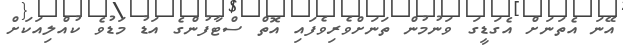
އޭނަ އެތަނަށް އެގަޑީގަ ވަނުމުން ތަނަށްވެރިވެފައި އޮތް ސްޓާފުންގެ އަޑު މަޑުވެ ކުއްލިއަކަށް